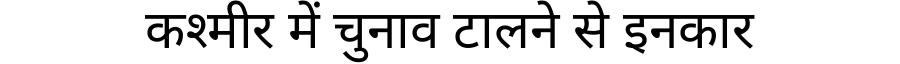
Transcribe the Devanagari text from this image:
कश्मीर में चुनाव टालने से इनकार